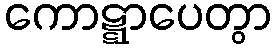
ကောဋ္ဋာပေတွာ